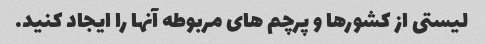
لیستی از کشورها و پرچم های مربوطه آنها را ایجاد کنید.